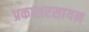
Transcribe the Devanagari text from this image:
प्रकाशरसायन